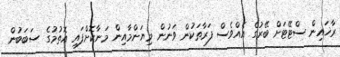
ރާޚައިން ސްޓޭޓަށް ބޭރުގެ އެއްވެސް ފަރާތަކުން ވަނުން މިޔަންމާއިން މަނާކޮށްފައި އޮތުމުގެ ސަބަބުން